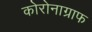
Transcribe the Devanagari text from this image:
कोरोनाग्राफ